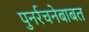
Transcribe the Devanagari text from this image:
पुनर्रचनेबाबत